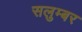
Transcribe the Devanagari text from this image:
सलुम्‍बर